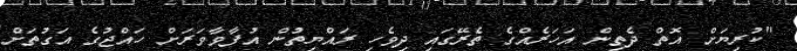
"ކުރިޔަށް އޮތް ދެތިން އަހަރެއްގެ ތެރޭގައި ދިވެހި ރައްޔިތުން އުފާވާވަރަށް ހައްޖުގެ އަގުތަށް